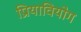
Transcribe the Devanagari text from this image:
प्रियावियोग